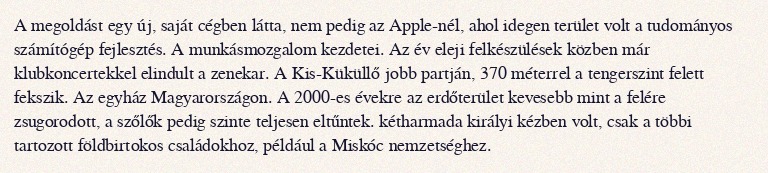
A megoldást egy új, saját cégben látta, nem pedig az Apple-nél, ahol idegen terület volt a tudományos számítógép fejlesztés. A munkásmozgalom kezdetei. Az év eleji felkészülések közben már klubkoncertekkel elindult a zenekar. A Kis-Küküllő jobb partján, 370 méterrel a tengerszint felett fekszik. Az egyház Magyarországon. A 2000-es évekre az erdőterület kevesebb mint a felére zsugorodott, a szőlők pedig szinte teljesen eltűntek. kétharmada királyi kézben volt, csak a többi tartozott földbirtokos családokhoz, például a Miskóc nemzetséghez.